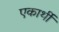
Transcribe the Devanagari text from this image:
एकार्थी